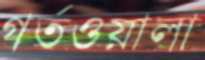
গর্তওয়ালা